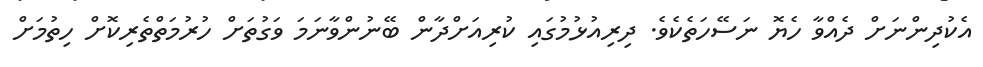
އެކުދިންނަށް ދެއްވާ ހެޔޮ ނަސޭހަތެކެވެ. ދިރިއުޅުމުގައި ކުރިއަށްދާން ބޭނުންވާނަމަ ވަގުތަށް ހުރުމަތްތެރިކޮށް ހިތުމަށް